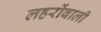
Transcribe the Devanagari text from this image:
लहरोंवाली